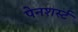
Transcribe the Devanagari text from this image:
पेनशर्स्ट